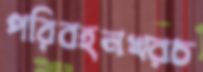
পরিবহনখরচ